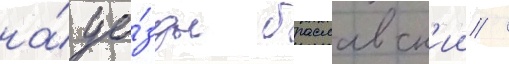
на́ уе́зды браславск'ии /